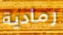
رمادية